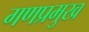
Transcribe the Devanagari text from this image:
गणप्रमुख